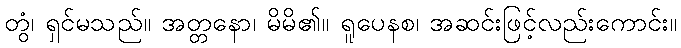
တွံ၊ ရှင်မသည်။ အတ္တနော၊ မိမိ၏။ ရူပေနစ၊ အဆင်းဖြင့်လည်းကောင်း။